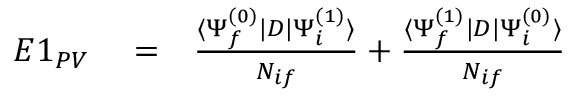
\begin{array} { r l r } { E 1 _ { P V } } & { { } = } & { \frac { \langle \Psi _ { f } ^ { ( 0 ) } | D | \Psi _ { i } ^ { ( 1 ) } \rangle } { { \cal N } _ { i f } } + \frac { \langle \Psi _ { f } ^ { ( 1 ) } | D | \Psi _ { i } ^ { ( 0 ) } \rangle } { { \cal N } _ { i f } } } \end{array}